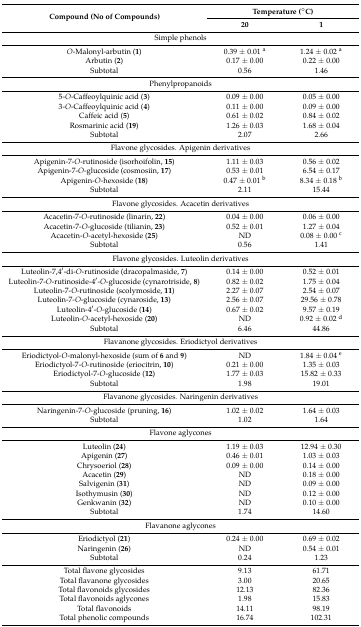
<table><thead><tr><td rowspan="2"><b>Compound (No of Compounds)</b></td><td colspan="2"><b>Temperature (°C)</b></td></tr><tr><td><b>20</b></td><td><b>1</b></td></tr></thead><tbody><tr><td colspan="3">Simple phenols</td></tr><tr><td><i>O</i>-Malonyl-arbutin (<b>1</b>)</td><td>0.39 ± 0.01 <sup>a</sup></td><td>1.24 ± 0.02 <sup>a</sup></td></tr><tr><td>Arbutin (<b>2</b>)</td><td>0.17 ± 0.00</td><td>0.22 ± 0.00</td></tr><tr><td>Subtotal</td><td>0.56</td><td>1.46</td></tr><tr><td colspan="3">Phenylpropanoids</td></tr><tr><td>5-<i>O</i>-Caffeoylquinic acid (<b>3</b>)</td><td>0.09 ± 0.00</td><td>0.05 ± 0.00</td></tr><tr><td>3-<i>O</i>-Caffeoylquinic acid (<b>4</b>)</td><td>0.11 ± 0.00</td><td>0.09 ± 0.00</td></tr><tr><td>Caffeic acid (<b>5</b>)</td><td>0.61 ± 0.02</td><td>0.84 ± 0.02</td></tr><tr><td>Rosmarinic acid (<b>19</b>)</td><td>1.26 ± 0.03</td><td>1.68 ± 0.04</td></tr><tr><td>Subtotal</td><td>2.07</td><td>2.66</td></tr><tr><td colspan="3">Flavone glycosides. Apigenin derivatives</td></tr><tr><td>Apigenin-7-<i>O</i>-rutinoside (isorhoifolin, <b>15</b>)</td><td>1.11 ± 0.03</td><td>0.56 ± 0.02</td></tr><tr><td>Apigenin-7-<i>O</i>-glucoside (cosmosiin, <b>17</b>)</td><td>0.53 ± 0.01</td><td>6.54 ± 0.17</td></tr><tr><td>Apigenin-<i>O</i>-hexoside (<b>18</b>)</td><td>0.47 ± 0.01 <sup>b</sup></td><td>8.34 ± 0.18 <sup>b</sup></td></tr><tr><td>Subtotal</td><td>2.11</td><td>15.44</td></tr><tr><td colspan="3">Flavone glycosides. Acacetin derivatives</td></tr><tr><td>Acacetin-7-<i>O</i>-rutinoside (linarin, <b>22</b>)</td><td>0.04 ± 0.00</td><td>0.06 ± 0.00</td></tr><tr><td>Acacetin-7-<i>O</i>-glucoside (tilianin, <b>23</b>)</td><td>0.52 ± 0.01</td><td>1.27 ± 0.04</td></tr><tr><td>Acacetin-<i>O</i>-acetyl-hexoside (<b>25</b>)</td><td>ND</td><td>0.08 ± 0.00 <sup>c</sup></td></tr><tr><td>Subtotal</td><td>0.56</td><td>1.41</td></tr><tr><td colspan="3">Flavone glycosides. Luteolin derivatives</td></tr><tr><td>Luteolin-7,4′-di-<i>O</i>-rutinoside (dracopalmaside, <b>7</b>)</td><td>0.14 ± 0.00</td><td>0.52 ± 0.01</td></tr><tr><td>Luteolin-7-<i>O</i>-rutinoside-4′-<i>O</i>-glucoside (cynarotriside, <b>8</b>)</td><td>0.82 ± 0.02</td><td>1.75 ± 0.04</td></tr><tr><td>Luteolin-7-<i>O</i>-rutinoside (scolymoside, <b>11</b>)</td><td>2.27 ± 0.07</td><td>2.54 ± 0.07</td></tr><tr><td>Luteolin-7-<i>O</i>-glucoside (cynaroside, <b>13</b>)</td><td>2.56 ± 0.07</td><td>29.56 ± 0.78</td></tr><tr><td>Luteolin-4′-<i>O</i>-glucoside (<b>14</b>)</td><td>0.67 ± 0.02</td><td>9.57 ± 0.19</td></tr><tr><td>Luteolin-<i>O</i>-acetyl-hexoside (<b>20</b>)</td><td>ND</td><td>0.92 ± 0.02 <sup>d</sup></td></tr><tr><td>Subtotal</td><td>6.46</td><td>44.86</td></tr><tr><td colspan="3">Flavanone glycosides. Eriodictyol derivatives</td></tr><tr><td>Eriodictyol-<i>O</i>-malonyl-hexoside (sum of <b>6</b> and <b>9</b>)</td><td>ND</td><td>1.84 ± 0.04 <sup>e</sup></td></tr><tr><td>Eriodictyol-7-<i>O</i>-rutinoside (eriocitrin, <b>10</b>)</td><td>0.21 ± 0.00</td><td>1.35 ± 0.03</td></tr><tr><td>Eriodictyol-7-<i>O</i>-glucoside (<b>12</b>)</td><td>1.77 ± 0.03</td><td>15.82 ± 0.33</td></tr><tr><td>Subtotal</td><td>1.98</td><td>19.01</td></tr><tr><td colspan="3">Flavanone glycosides. Naringenin derivatives</td></tr><tr><td>Naringenin-7-<i>O</i>-glucoside (pruning, <b>16</b>)</td><td>1.02 ± 0.02</td><td>1.64 ± 0.03</td></tr><tr><td>Subtotal</td><td>1.02</td><td>1.64</td></tr><tr><td colspan="3">Flavone aglycones</td></tr><tr><td>Luteolin (<b>24</b>)</td><td>1.19 ± 0.03</td><td>12.94 ± 0.30</td></tr><tr><td>Apigenin (<b>27</b>)</td><td>0.46 ± 0.01</td><td>1.03 ± 0.03</td></tr><tr><td>Chrysoeriol (<b>28</b>)</td><td>0.09 ± 0.00</td><td>0.14 ± 0.00</td></tr><tr><td>Acacetin (<b>29</b>)</td><td>ND</td><td>0.18 ± 0.00</td></tr><tr><td>Salvigenin (<b>31</b>)</td><td>ND</td><td>0.09 ± 0.00</td></tr><tr><td>Isothymusin (<b>30</b>)</td><td>ND</td><td>0.12 ± 0.00</td></tr><tr><td>Genkwanin (<b>32</b>)</td><td>ND</td><td>0.10 ± 0.00</td></tr><tr><td>Subtotal</td><td>1.74</td><td>14.60</td></tr><tr><td colspan="3">Flavanone aglycones</td></tr><tr><td>Eriodictyol (<b>21</b>)</td><td>0.24 ± 0.00</td><td>0.69 ± 0.02</td></tr><tr><td>Naringenin (<b>26</b>)</td><td>ND</td><td>0.54 ± 0.01</td></tr><tr><td>Subtotal</td><td>0.24</td><td>1.23</td></tr><tr><td>Total flavone glycosides</td><td>9.13</td><td>61.71</td></tr><tr><td>Total flavanone glycosides</td><td>3.00</td><td>20.65</td></tr><tr><td>Total flavonoids glycosides</td><td>12.13</td><td>82.36</td></tr><tr><td>Total flavonoids aglycones</td><td>1.98</td><td>15.83</td></tr><tr><td>Total flavonoids</td><td>14.11</td><td>98.19</td></tr><tr><td>Total phenolic compounds</td><td>16.74</td><td>102.31</td></tr></tbody></table>